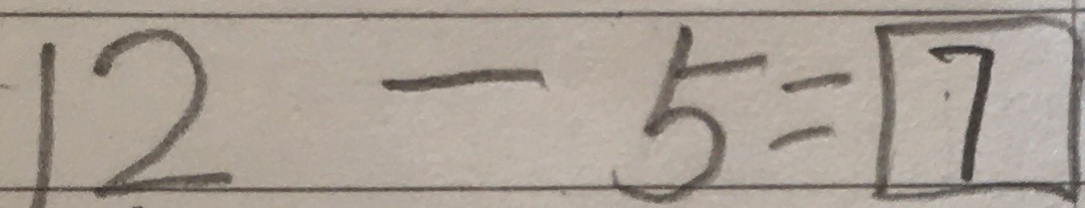
1 2 - 5 = 7